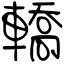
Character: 轎